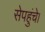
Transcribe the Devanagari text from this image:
सेपहुंचे।